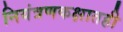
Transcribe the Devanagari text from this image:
नियंत्रणकक्षातही